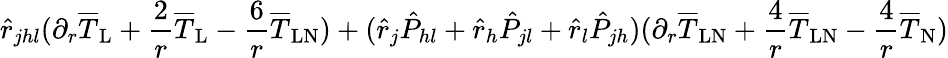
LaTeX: \hat{r}_{jhl}(\partial_{r}\overline{{T}}_{\mathrm{L}}+\frac{2}{r}\overline{{T}}_{\mathrm{L}}-\frac{6}{r}\overline{{T}}_{\mathrm{LN}})+(\hat{r}_{j}\hat{P}_{hl}+\hat{r}_{h}\hat{P}_{jl}+\hat{r}_{l}\hat{P}_{jh})(\partial_{r}\overline{{T}}_{\mathrm{LN}}+\frac{4}{r}\overline{{T}}_{\mathrm{LN}}-\frac{4}{r}\overline{{T}}_{\mathrm{N}})